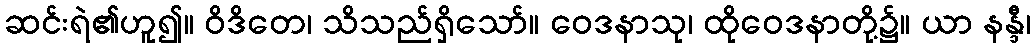
ဆင်းရဲ၏ဟူ၍။ ဝိဒိတေ၊ သိသည်ရှိသော်။ ဝေဒနာသု၊ ထိုဝေဒနာတို့၌။ ယာ နန္ဒီ၊